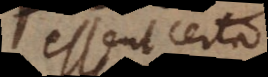
essent certa